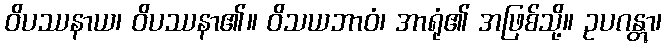
ဝိပဿနာယ၊ ဝိပဿနာ၏။ ဝိသယဘာဝံ၊ အာရုံ၏ အဖြစ်သို့။ ဥပဂန္တွာ၊